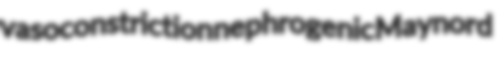
vasoconstriction nephrogenic Maynord